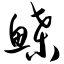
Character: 鲽